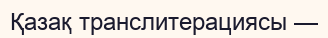
Қазақ транслитерациясы —